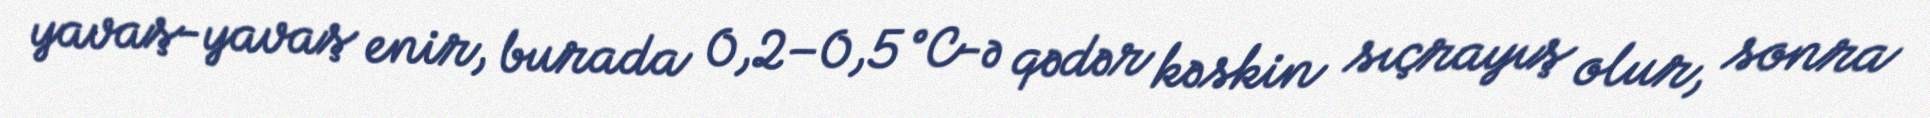
yavaş-yavaş enir, burada 0,2–0,5 °C-ə qədər kəskin sıçrayış olur, sonra